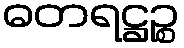
ဓတရဋ္ဌဉ္စ